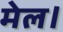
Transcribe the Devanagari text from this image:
मेल।